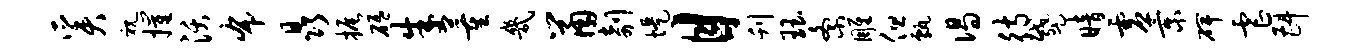
奚视摧沃布晶振砥朱董几鼠剞堤目刊珏紊雕但甄偈待蹙暗虚景碑虐斟